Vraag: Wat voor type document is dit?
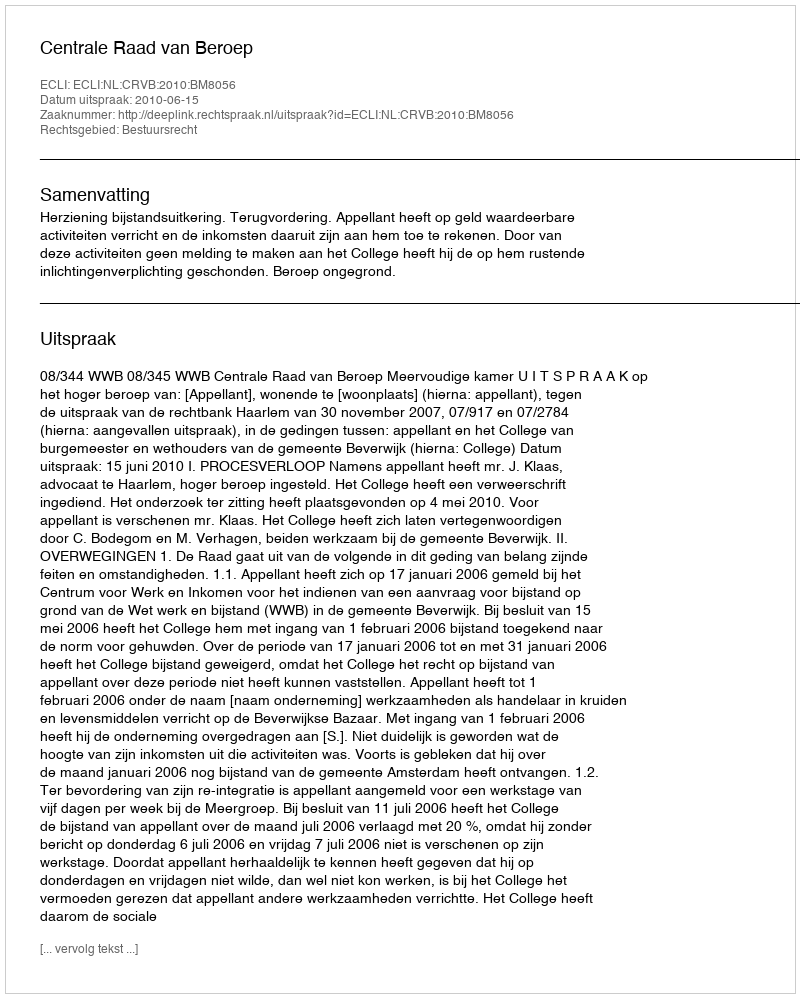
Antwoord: Uitspraak